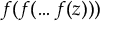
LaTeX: f ( f ( \dots f ( z ) ) )